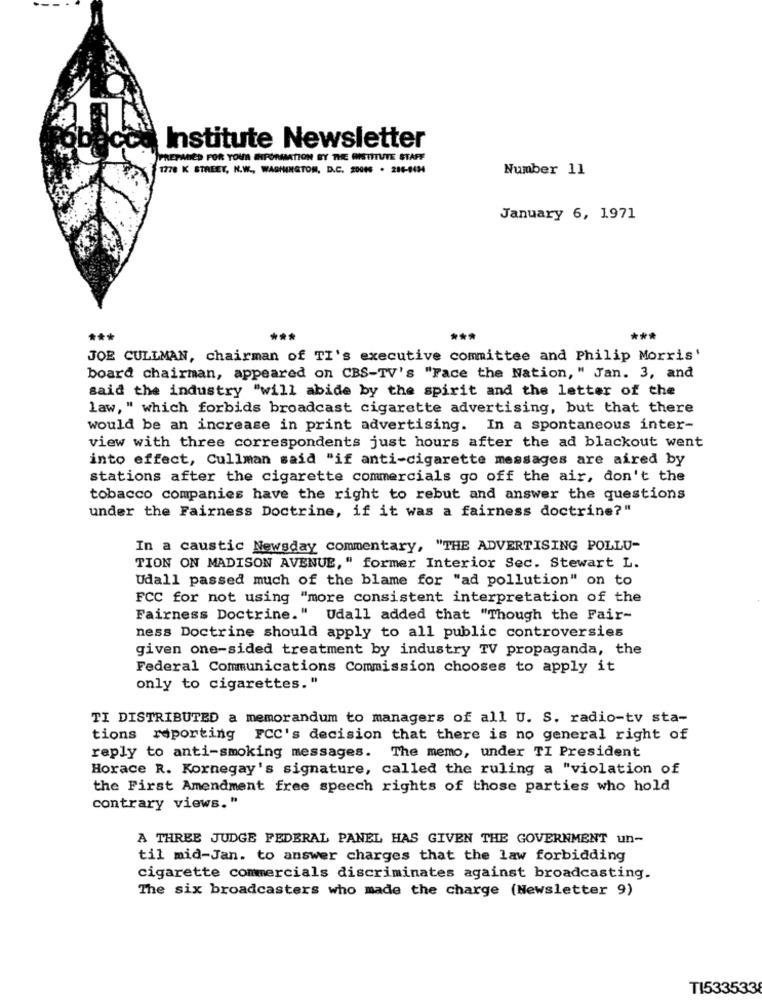
Institute Newsletter
PREPARED FOR YOUR INFORMATION BY THE HISTITUTE STAFF
1778 K STREET, N.W ., WASHINGTON, D.C. 20045 . 284-8434
Number 11
January 6, 1971
***
JOE CULLMAN, chairman of TI's executive committee and Philip Morris'
board chairman, appeared on CBS-TV's "Face the Nation, " Jan. 3, and
said the industry "will abide by the spirit and the letter of the
law, " which forbids broadcast cigarette advertising, but that there
would be an increase in print advertising. In a spontaneous inter-
view with three correspondents just hours after the ad blackout went
into effect, Cullman said "if anti-cigarette messages are aired by
stations after the cigarette commercials go off the air, don't the
tobacco companies have the right to rebut and answer the questions
under the Fairness Doctrine, if it was a fairness doctrine?"
In a caustic Newsday commentary, "THE ADVERTISING POLLU-
TION ON MADISON AVENUE," former Interior Sec. Stewart L.
Udall passed much of the blame for "ad pollution" on to
FCC for not using "more consistent interpretation of the
Fairness Doctrine." Udall added that "Though the Fair-
ness Doctrine should apply to all public controversies
given one-sided treatment by industry TV propaganda, the
Federal Communications Commission chooses to apply it
only to cigarettes."
TI DISTRIBUTED a memorandum to managers of all U. S. radio-tv sta-
tions reporting FCC's decision that there is no general right of
The memo, under TI President
reply to anti-smoking messages.
Horace R. Kornegay's signature, called the ruling a "violation of
the First Amendment free speech rights of those parties who hold
contrary views. "
A THREE JUDGE FEDERAL PANEL HAS GIVEN THE GOVERNMENT un-
til mid-Jan. to answer charges that the law forbidding
cigarette commercials discriminates against broadcasting.
The six broadcasters who made the charge (Newsletter 9)
TI533533